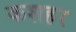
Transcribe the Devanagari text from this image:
कशहर